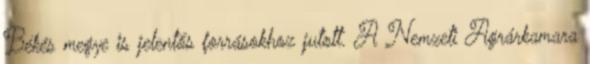
Békés megye is jelentős forrásokhoz jutott. A Nemzeti Agrárkamara